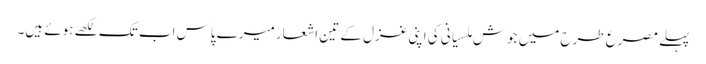
پہلے مصرع طرح میں جوش ملسیانی کی اپنی غزل کے تین اشعار میرے پاس اب تک لکھے ہوئے ہیں۔